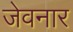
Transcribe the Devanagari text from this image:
जेवनार